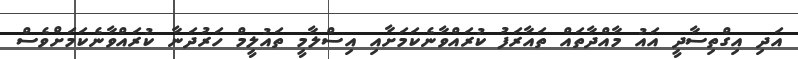
އަދި އިގްތިސާދީ އައު މާއްދާތައް ތައާރަފު ކުރައްވާނެކަމަށާއި އިސްލާމީ ތައުލީމް ހަރުދަނާ ކުރައްވާނެކަމަށްވެސް